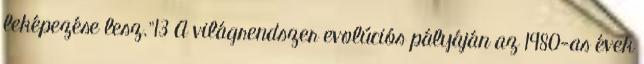
leképezése lesz.”13 A világrendszer evolúciós pályáján az 1980-as évek